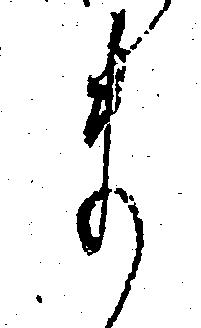
ま